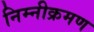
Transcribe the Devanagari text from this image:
निम्नीक्रमण